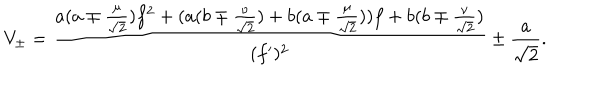
LaTeX: V _ { \pm } = \frac { a ( a \mp \frac { \mu } { \sqrt { 2 } } ) f ^ { 2 } + ( a ( b \mp \frac { \nu } { \sqrt { 2 } } ) + b ( a \mp \frac { \mu } { \sqrt { 2 } } ) ) f + b ( b \mp \frac { \nu } { \sqrt { 2 } } ) } { ( f ^ { \prime } ) ^ { 2 } } \pm \frac { a } { \sqrt { 2 } } .